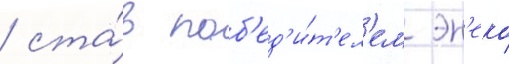
/ ста́в поб'ед'и́т'ел'ем эн'еко